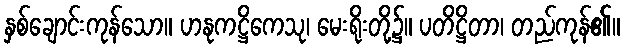
နှစ်ချောင်းကုန်သော။ ဟနုကဋ္ဌိကေသု၊ မေးရိုးတို့၌။ ပတိဋ္ဌိတာ၊ တည်ကုန်၏။